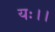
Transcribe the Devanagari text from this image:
यः।।